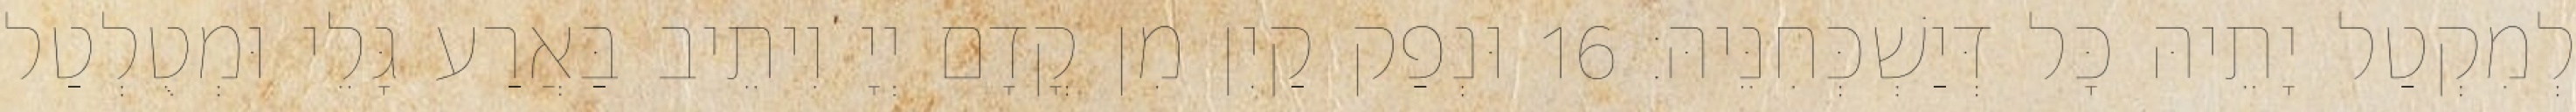
לְמִקְטַל יָתֵיהּ כָּל דְּיַשְׁכְּחִנֵּיהּ׃ 16 וּנְפַק קַיִן מִן קֳדָם יְיָ וִיתֵיב בַּאֲרַע גָּלֵי וּמְטֻלְטַל